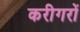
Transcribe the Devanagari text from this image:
करीगरों